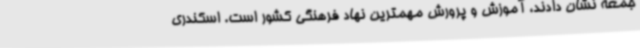
جمعه نشان دادند، آموزش و پرورش مهمترین نهاد فرهنگی کشور است. اسکندری